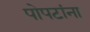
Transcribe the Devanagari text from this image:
पोपटांना